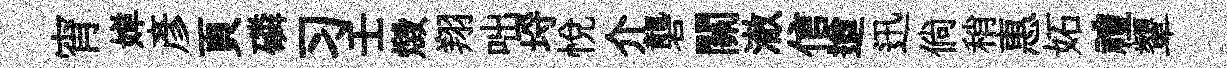
宵婵彥頁磷习壬燬翔咄埓悦介礱關澈信遒迅倘稍惠妬禮顰